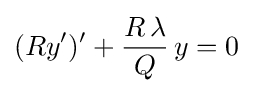
(Ry')'+{\frac {R\,\lambda }{Q}}\,y=0